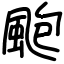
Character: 颮